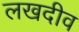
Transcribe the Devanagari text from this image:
लखदीव